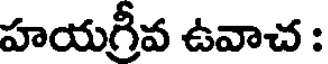
హయగ్రీవ ఉవాచ :